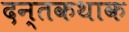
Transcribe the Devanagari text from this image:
दन्तकथाक